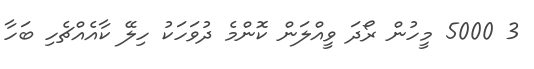
3 5000 މީހުން ރޯދަ ވީއްލަން ކޮންމެ ދުވަހަކު ހިލޭ ކާއެއްޗެހި ބަހާ